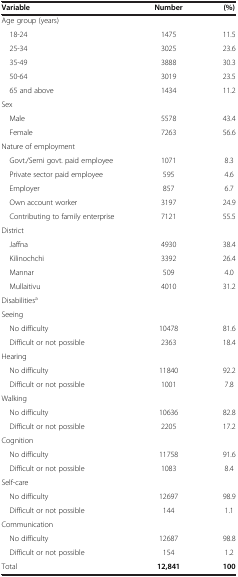
<table><thead><tr><td><b>Variable</b></td><td><b>Number</b></td><td><b>(%)</b></td></tr></thead><tbody><tr><td>Age group (years)</td><td> </td><td> </td></tr><tr><td> 18-24</td><td>1475</td><td>11.5</td></tr><tr><td> 25-34</td><td>3025</td><td>23.6</td></tr><tr><td> 35-49</td><td>3888</td><td>30.3</td></tr><tr><td> 50-64</td><td>3019</td><td>23.5</td></tr><tr><td> 65 and above</td><td>1434</td><td>11.2</td></tr><tr><td>Sex</td><td> </td><td> </td></tr><tr><td> Male</td><td>5578</td><td>43.4</td></tr><tr><td> Female</td><td>7263</td><td>56.6</td></tr><tr><td>Nature of employment</td><td> </td><td> </td></tr><tr><td> Govt./Semi govt. paid employee</td><td>1071</td><td>8.3</td></tr><tr><td> Private sector paid employee</td><td>595</td><td>4.6</td></tr><tr><td> Employer</td><td>857</td><td>6.7</td></tr><tr><td> Own account worker</td><td>3197</td><td>24.9</td></tr><tr><td> Contributing to family enterprise</td><td>7121</td><td>55.5</td></tr><tr><td>District</td><td> </td><td> </td></tr><tr><td> Jaffna</td><td>4930</td><td>38.4</td></tr><tr><td> Kilinochchi</td><td>3392</td><td>26.4</td></tr><tr><td> Mannar</td><td>509</td><td>4.0</td></tr><tr><td> Mullaitivu</td><td>4010</td><td>31.2</td></tr><tr><td>Disabilities<sup>a</sup></td><td> </td><td> </td></tr><tr><td>Seeing</td><td> </td><td> </td></tr><tr><td> No difficulty</td><td>10478</td><td>81.6</td></tr><tr><td> Difficult or not possible</td><td>2363</td><td>18.4</td></tr><tr><td>Hearing</td><td> </td><td> </td></tr><tr><td> No difficulty</td><td>11840</td><td>92.2</td></tr><tr><td> Difficult or not possible</td><td>1001</td><td>7.8</td></tr><tr><td>Walking</td><td> </td><td> </td></tr><tr><td> No difficulty</td><td>10636</td><td>82.8</td></tr><tr><td> Difficult or not possible</td><td>2205</td><td>17.2</td></tr><tr><td>Cognition</td><td> </td><td> </td></tr><tr><td> No difficulty</td><td>11758</td><td>91.6</td></tr><tr><td> Difficult or not possible</td><td>1083</td><td>8.4</td></tr><tr><td>Self-care</td><td> </td><td> </td></tr><tr><td> No difficulty</td><td>12697</td><td>98.9</td></tr><tr><td> Difficult or not possible</td><td>144</td><td>1.1</td></tr><tr><td>Communication</td><td> </td><td> </td></tr><tr><td> No difficulty</td><td>12687</td><td>98.8</td></tr><tr><td> Difficult or not possible</td><td>154</td><td>1.2</td></tr><tr><td>Total</td><td><b>12,841</b></td><td><b>100</b></td></tr></tbody></table>